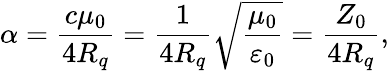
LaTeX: \alpha=\frac{c\mu_{0}}{4R_{q}}=\frac{1}{4R_{q}}\sqrt{\frac{\mu_{0}}{\varepsilon_{0}}}=\frac{Z_{0}}{4R_{q}},